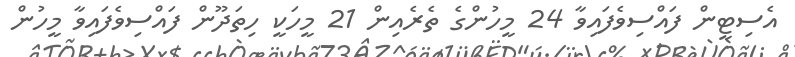
އެސިޓީން ފައްސިވެފައިވާ 24 މީހުންގެ ތެރެއިން 21 މީހަކީ ހިތަދޫން ފައްސިވެފައިވާ މީހުން